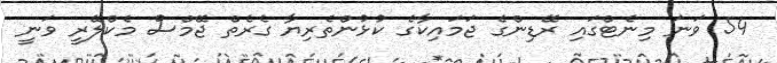
54 ވަނަ މިނެޓްގައި ރޭޑިންގެ ޖަމައިކާގެ ކުޅުންތެރިޔާ ގެރެތް ޖޭމްސް މެކްލޭރީ ވަނީ